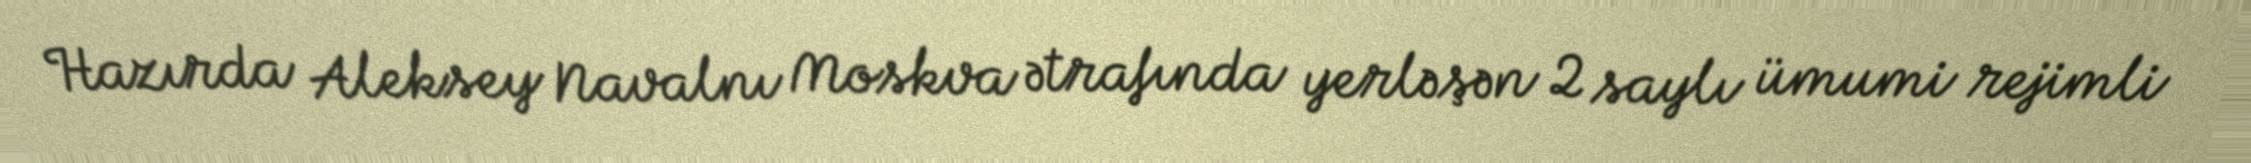
Hazırda Aleksey Navalnı Moskva ətrafında yerləşən 2 saylı ümumi rejimli